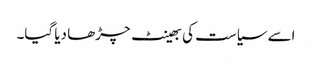
اسے سیاست کی بھینٹ چڑھا دیا گیا۔